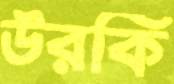
উরকি